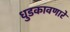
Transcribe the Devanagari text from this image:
धुडकावणारे